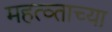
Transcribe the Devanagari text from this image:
महत्व्ताच्या